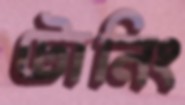
টোনিং